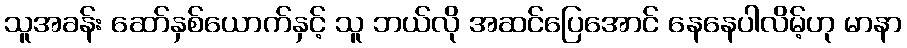
သူအခန်း ဆော်နှစ်ယောက်နှင့် သူ ဘယ်လို အဆင်ပြေအောင် နေနေပါလိမ့်ဟု မာနာ